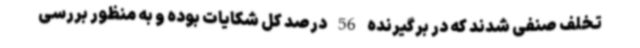
تخلف صنفی شدند که در برگیرنده 56 درصد کل شکایات بوده و به منظور بررسی